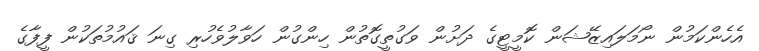
އެހެންކަމުން ނޯމަލައިޒޭޝަން ކޮމީޓީގެ ދަށުން ވަގުތީގޮތުން ހިންގުން ހަވާލުވެހުރި ގިނަ ޤައުމުތަކުން ފީފާގެ